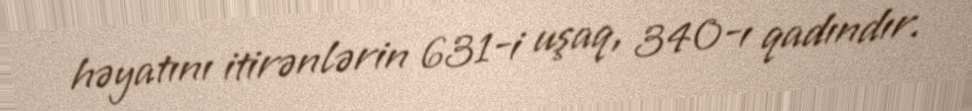
həyatını itirənlərin 631-i uşaq, 340-ı qadındır.